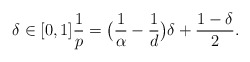
\begin{align*}\delta\in [0,1] \frac{1}{p}=\big(\frac{1}{\alpha}-\frac{1}{d}\big)\delta + \frac{1-\delta}{2} .\end{align*}